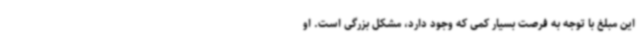
این مبلغ با توجه به فرصت بسیار کمی که وجود دارد، مشکل بزرگی است. او